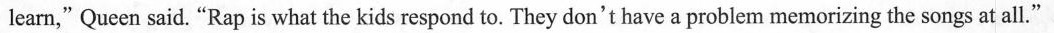
learn,"Queen said. "Rap is what the kids respond to. They don't have a problem memorizing the songs at all."